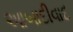
આબાદીવાદ